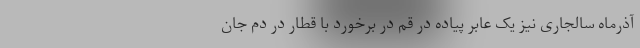
آذرماه سالجاری نیز یک عابر پیاده در قم در برخورد با قطار در دم جان